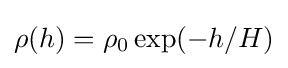
\rho (h)=\rho _{0}\exp(-h/H)